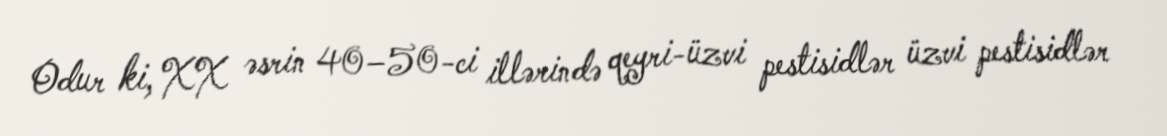
Odur ki, XX əsrin 40–50-ci illərində qeyri-üzvi pestisidlər üzvi pestisidlər